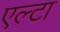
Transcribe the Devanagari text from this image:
एल्टा